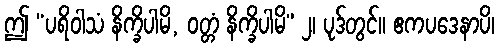
ဤ “ပရိဝါသံ နိက္ခိပါမိ, ဝတ္တံ နိက္ခိပါမိ” ၂၊ ပုဒ်တွင်။ ဧကပဒေနာပိ၊